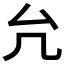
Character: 𠘭